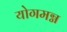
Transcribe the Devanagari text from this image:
योगमग्न